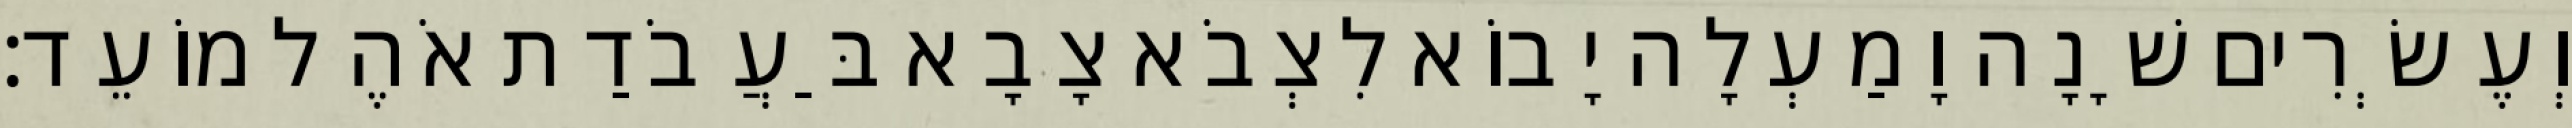
וְעֶשְׂרִים שָׁנָה וָמַעְלָה יָבוֹא לִצְבֹא צָבָא בַּעֲבֹדַת אֹהֶל מוֹעֵד׃